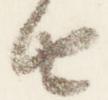
由